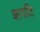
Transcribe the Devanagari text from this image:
झपटि